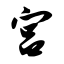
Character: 宫